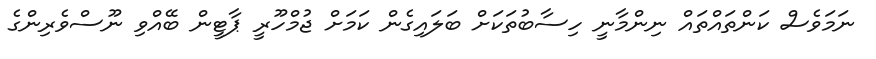
ނަމަވެސް ކަންތައްތައް ނިންމާނީ ހިސާބުތަކަށް ބަލައިގެން ކަމަށް ޖުމްހޫރީ ޕާޓީން ބޭއްވި ނޫސްވެރިންގެ